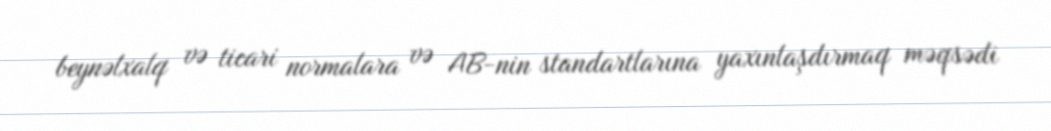
beynəlxalq və ticari normalara və AB-nin standartlarına yaxınlaşdırmaq məqsədi